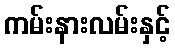
ကမ်းနားလမ်းနှင့်